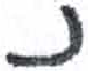
אות: נ